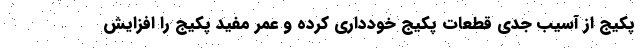
پکیج از آسیب جدی قطعات پکیج خودداری کرده و عمر مفید پکیج را افزایش